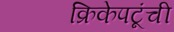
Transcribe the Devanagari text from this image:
क्रिकेपटूंची